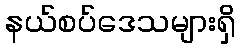
နယ်စပ်ဒေသများရှိ